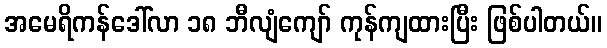
အမေရိကန်ဒေါ်လာ ၁၈ ဘီလျံကျော် ကုန်ကျထားပြီး ဖြစ်ပါတယ်။